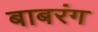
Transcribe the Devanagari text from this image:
बाबरंग